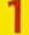
1